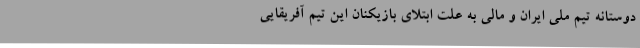
دوستانه تیم ملی ایران و مالی به علت ابتلای بازیکنان این تیم آفریقایی